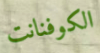
الكوفنانت